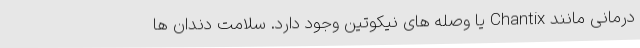
درمانی مانند Chantix یا وصله های نیکوتین وجود دارد. سلامت دندان ها